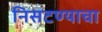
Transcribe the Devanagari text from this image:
निसटण्याचा